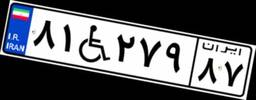
۷۸W۲۴۸۰۱